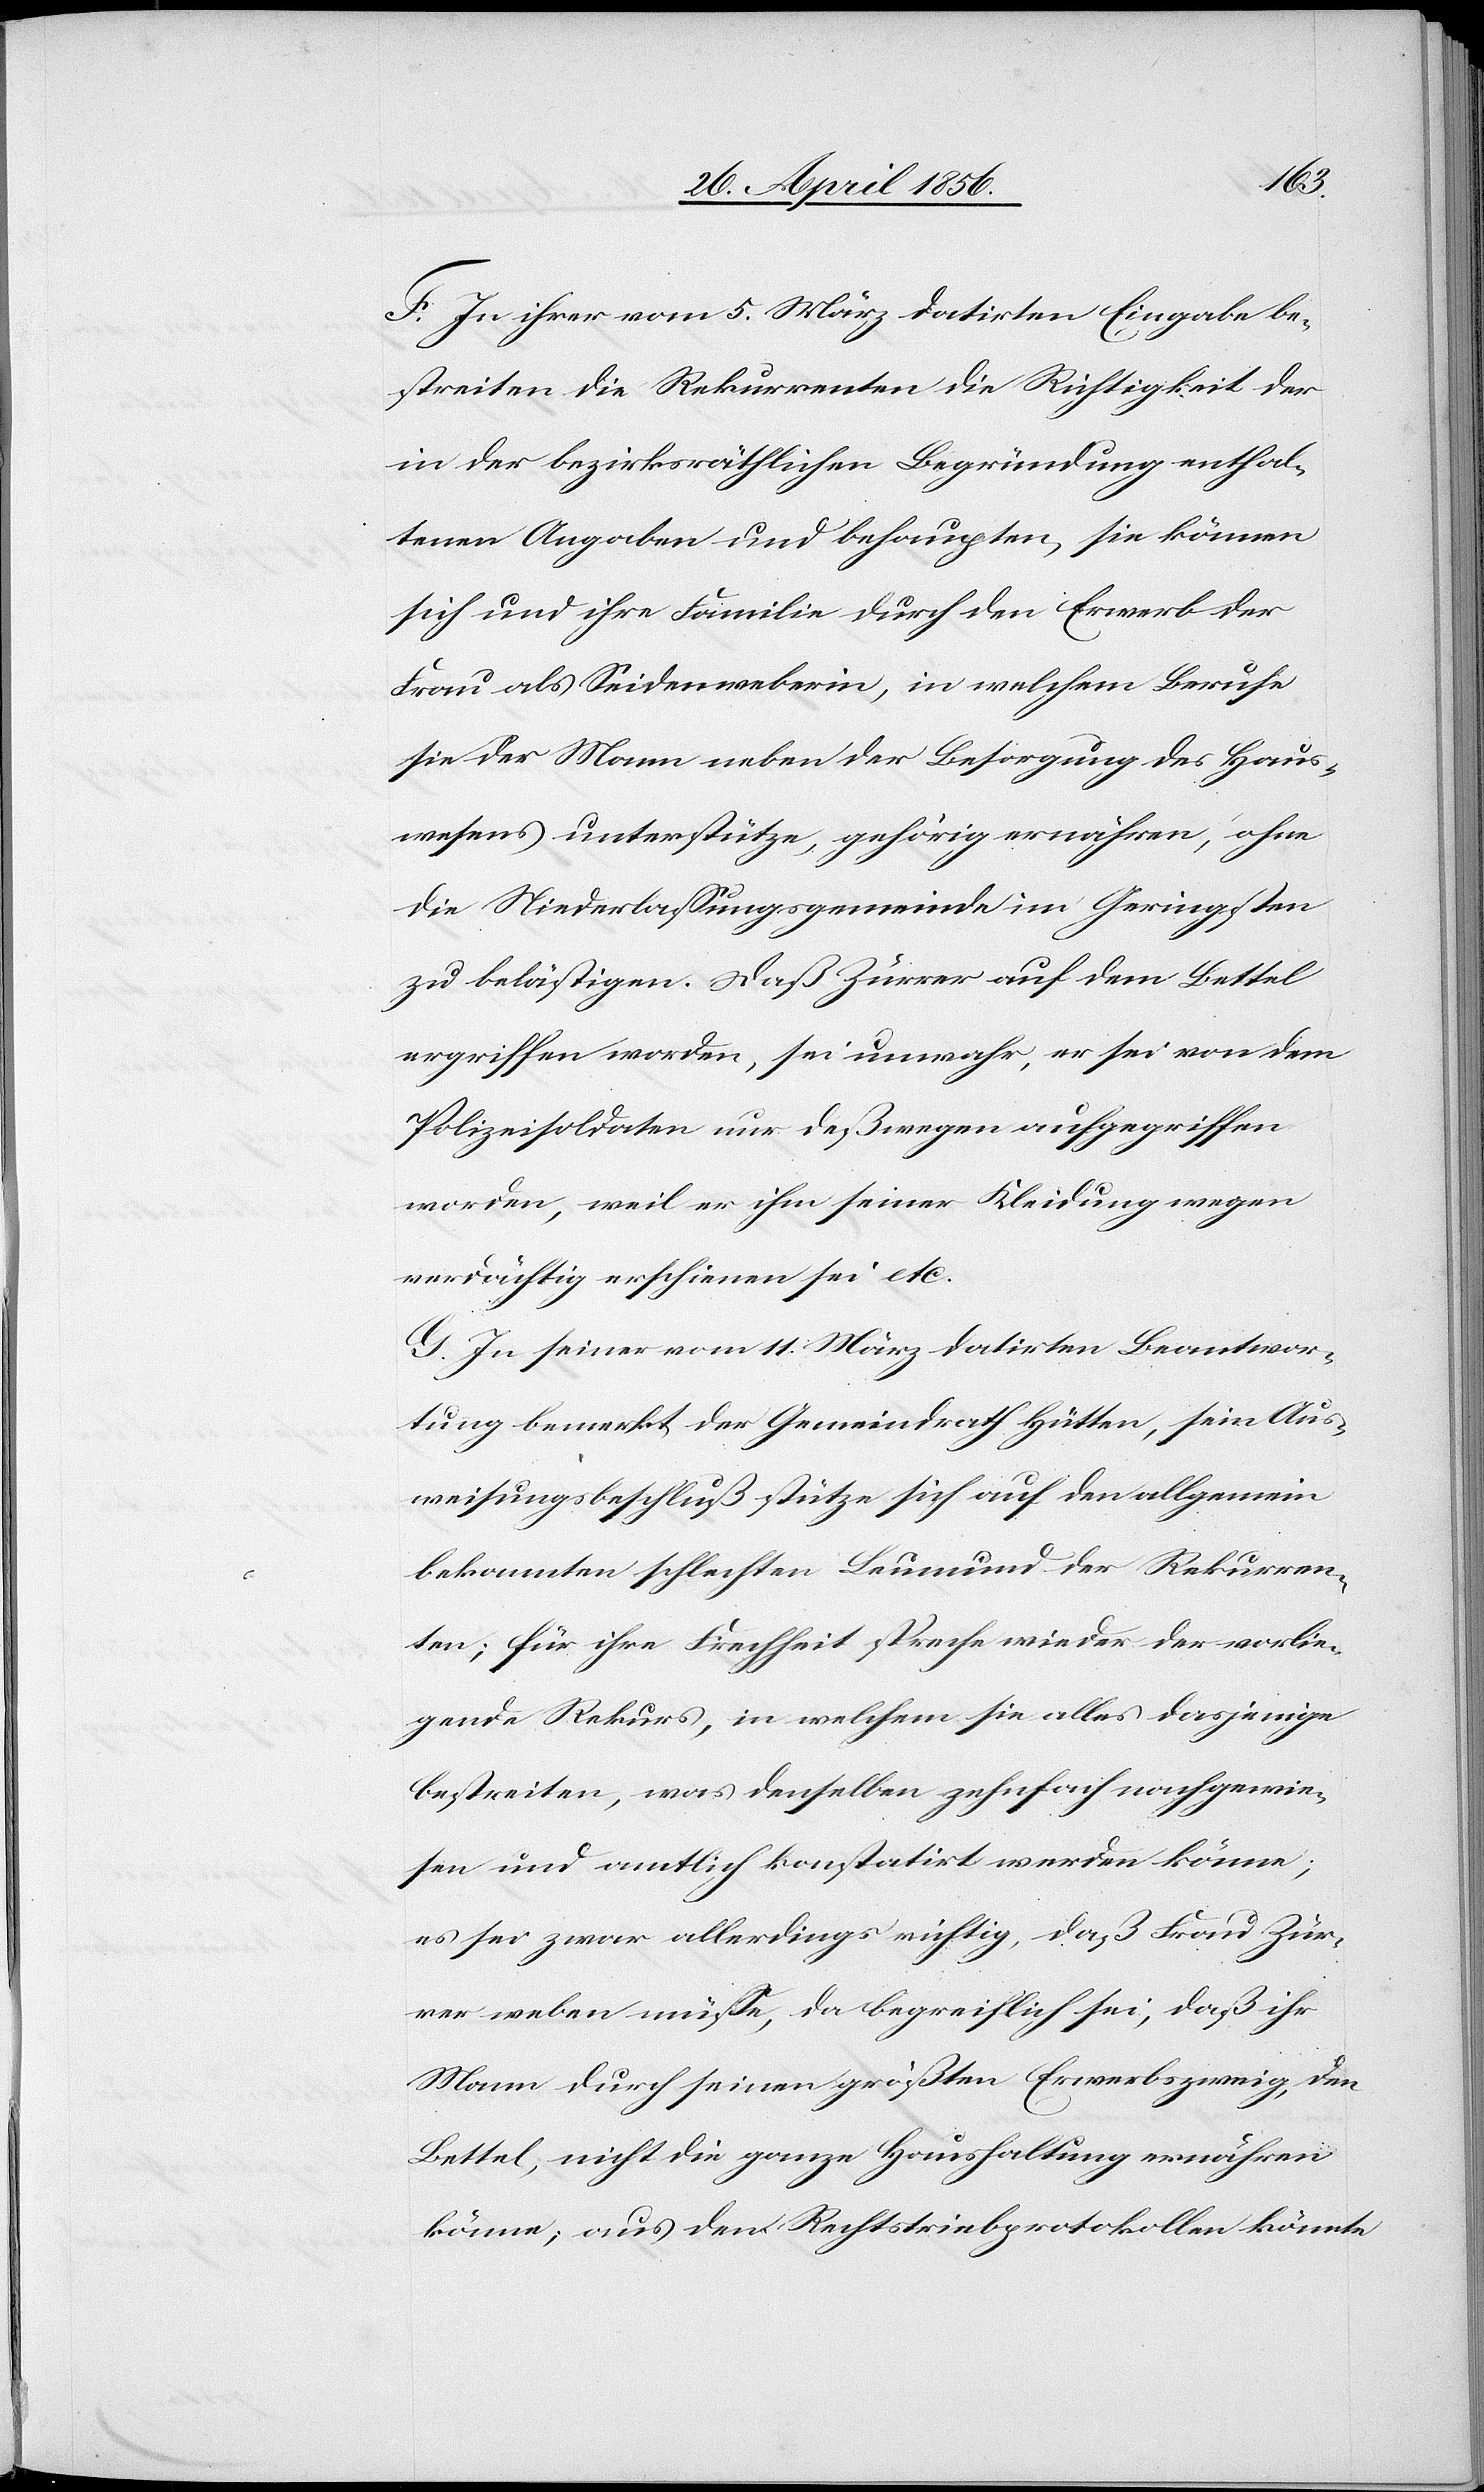
F. In ihrer vom 5. März datirten Eingabe be¬
streiten die Rekurrenten die Richtigkeit der
in der bezirksräthlichen Begründung enthal¬
tenen Angaben und behaupten, sie können
sich und ihre Familie durch den Erwerb der
Frau als Seidenweberin, in welchem Berufe
sie der Mann neben der Besorgung des Haus¬
wesens unterstütze, gehörig ernähren, ohne
die Niederlassungsgemeinde im Geringsten
zu belästigen. Daß Zürrer auf dem Bettel
ergriffen worden, sei unwahr, er sei von dem
Polizeisoldaten nur deßwegen aufgegriffen
worden, weil er ihm seiner Kleidung wegen
verdächtig erschienen sei etc.
G. In seiner vom 11. März datirten Beantwor¬
tung bemerkt der Gemeindrath Hütten, sein Aus¬
weisungsbeschluß stütze sich auf den allgemein
bekannten schlechten Leumund der Rekurren¬
ten; für ihre Frechheit spreche wieder der vorlie¬
gende Rekurs, in welchem sie alles dasjenige
bestreiten, was denselben zehnfach nachgewie¬
sen und amtlich konstatirt werden könne;
es sei zwar allerdings richtig, daß Frau Zür¬
rer weben müsse, da begreiflich sei, daß ihr
Mann durch seinen größten Erwerbszweig, den
Bettel, nicht die ganze Haushaltung ernähren
könne; aus den Rechtstriebprotokollen könnte